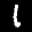
Label: 1